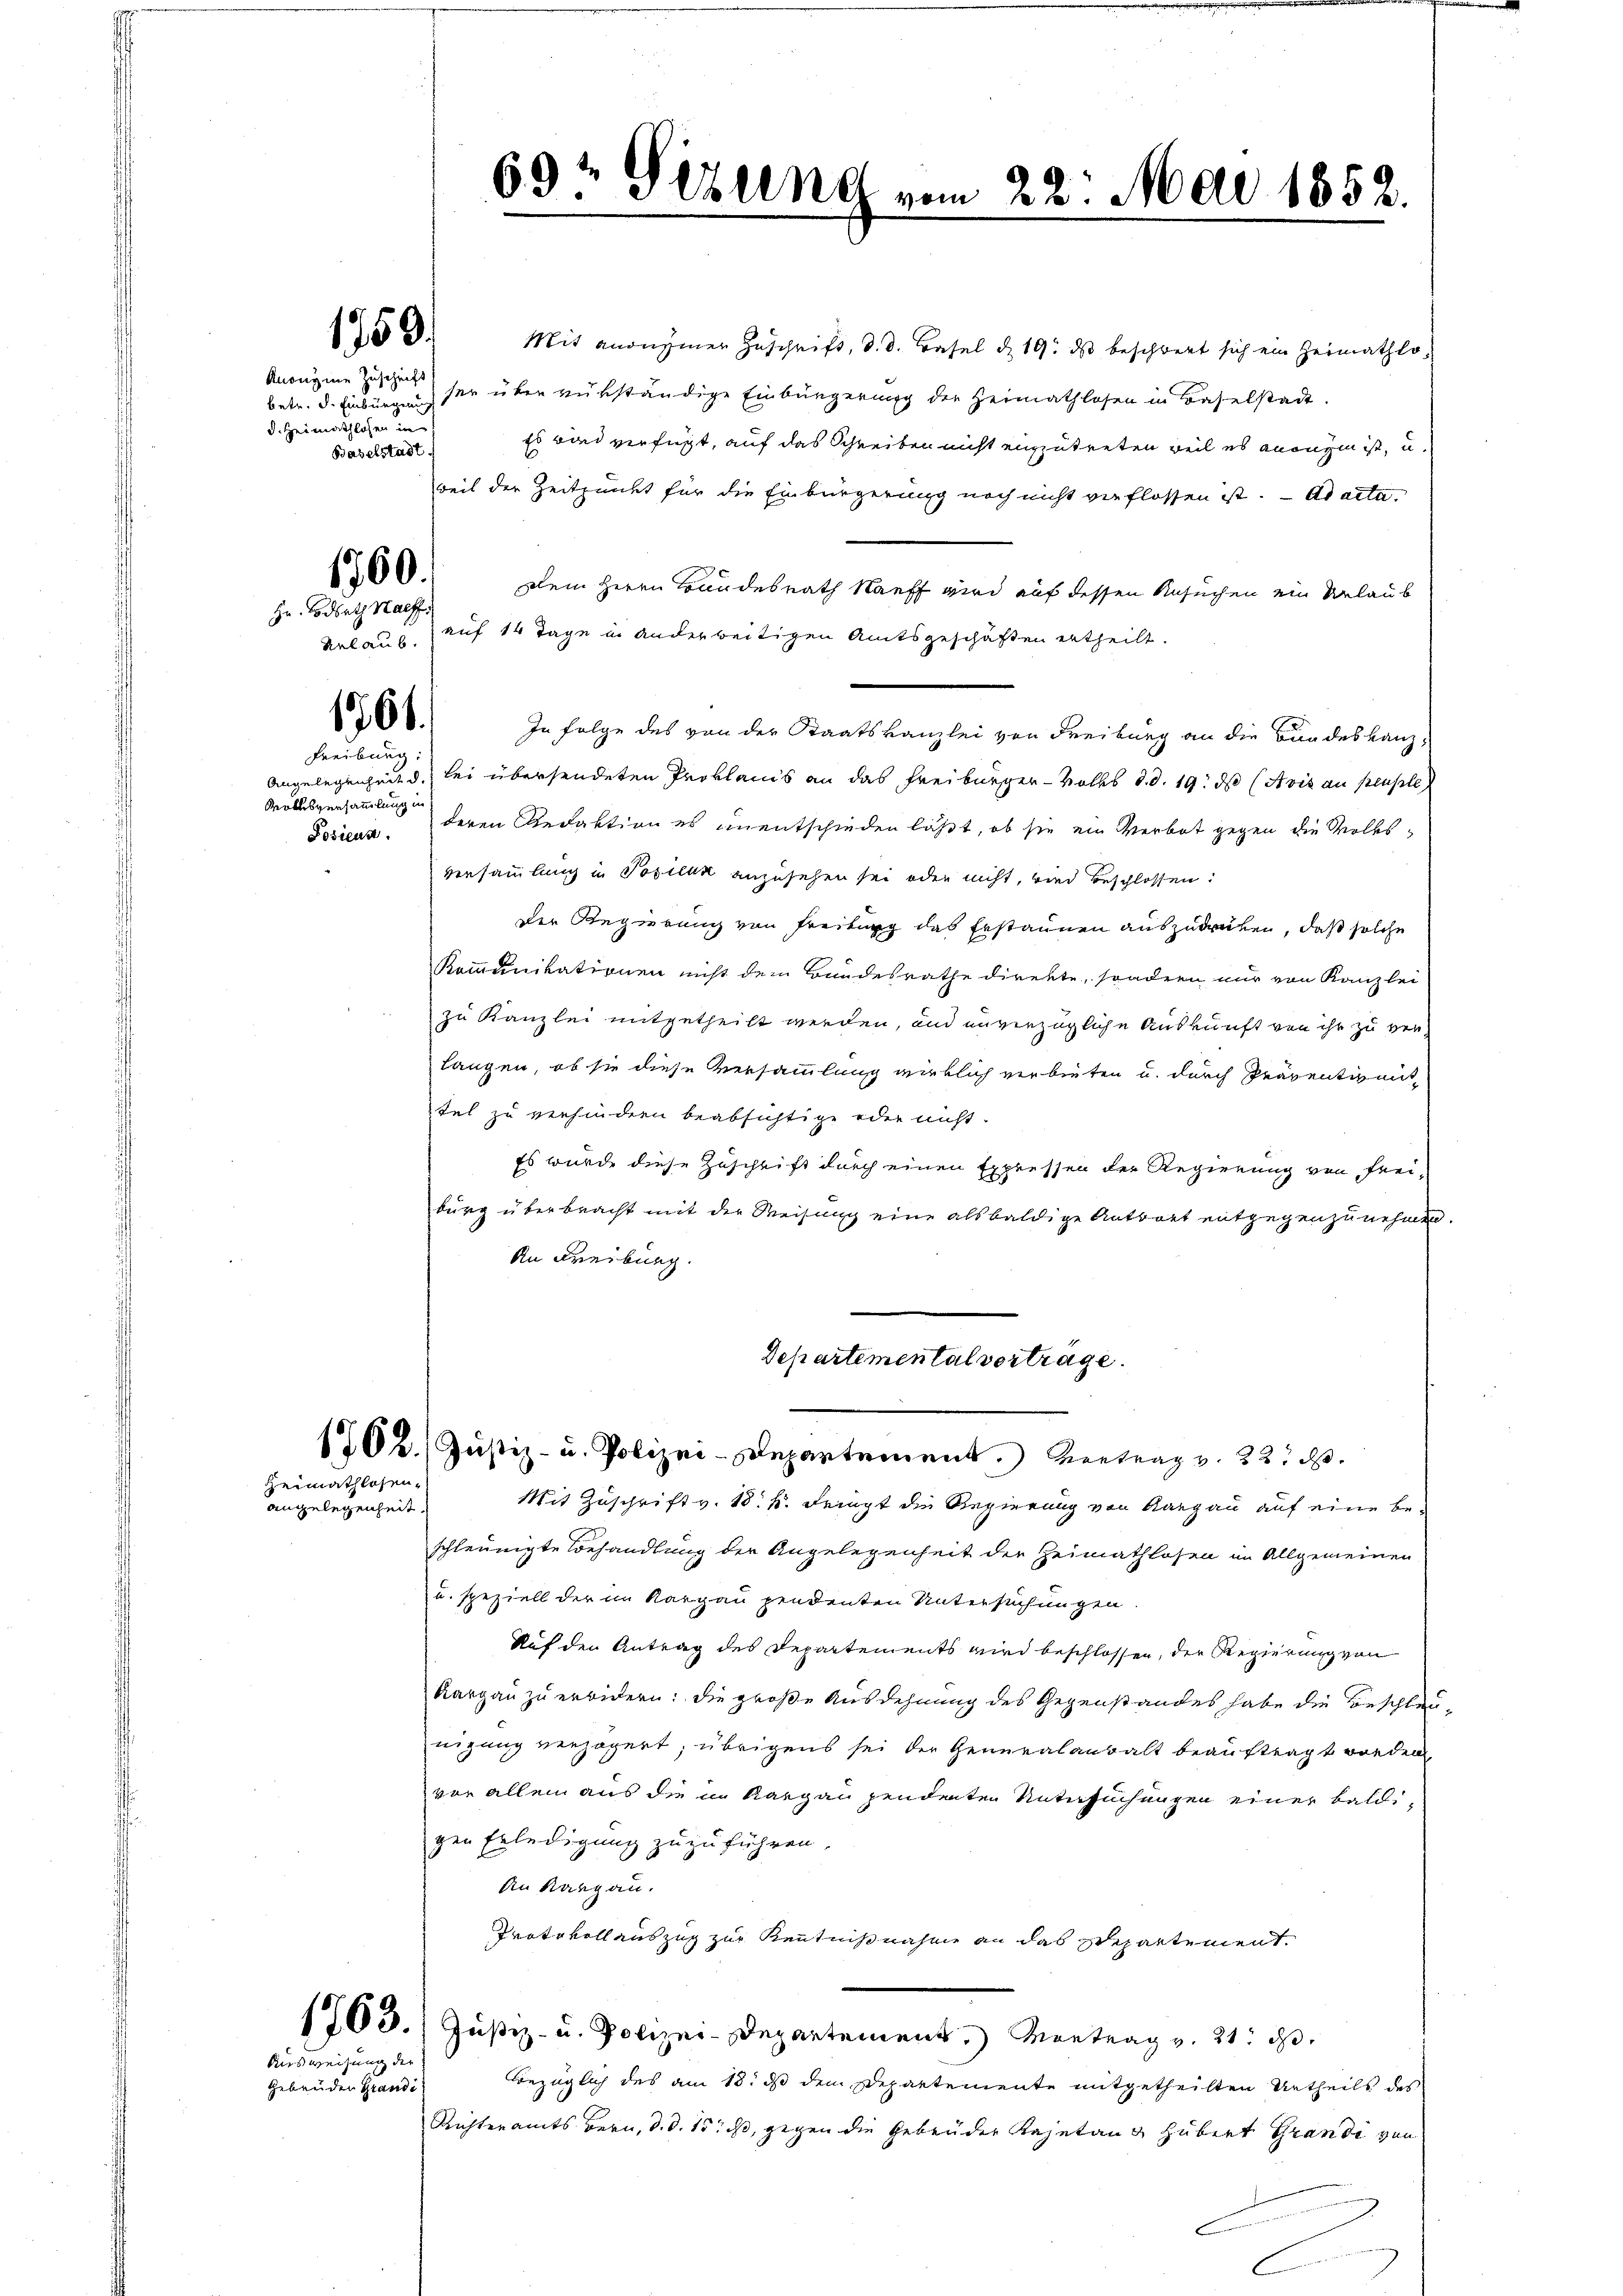
1759.

1761.
Freiburg.

1760.
Hr. Bodrath Halff.

Wollsversammlung in

Heimathlosen¬

angelegenheit.

Ausweisung der

gebenden Grandi

Anonyme Zuschrift
d. Heimathlosen in
Baselstadt.

Mit anonymer Zuschrift, d. d. Basel d. 19. ds beschwert sich ein Heimathlobetr. d. Einburgung sey über rükständige Einbürgerung der Heimathlosen in Baselstadt.
Es wird verfügt, auf das Schreiben nicht einzutreten weil es anonym ist, u.
weil der Zeitpunkt für die Einbürgerung noch nicht verflossen ist. - Ad acta.
Dein Herrn Bundesrath Kauff wird auf dessen Ansuchen ein Urlaub
Urlaub. auf 14 Tage in anderweitigen Amtsgeschäften ertheilt.
In Folge des von der Staatskanzlei von Freiburg an die Bundeskanz¬
Angelegenheit d. lei übersendeten Proklamis an das Freiburger-Volks d. d. 19. ds (Avis au peusle
Posicus deren Redaktion es unentschieden läßt, ob sie ein Verbot gegen die Volksversammlung in Posilik anzusehen sei oder nicht, wird beschlossen:
Der Regierung von Freitung das Erstaunen auszudrüken, daß solche
Rommunikationen nicht dem Bandesrathe direkte, sondren nur von Kanzlei
zu Kanzlei mitgetheilt werden, und unverzügliche Auskunft von ihr zu ver-
langen, ob sie diese Versammlung wirklich verbieten u. durch Präventivent
tel zu verhindern beabsichtige oder nicht.
Es wurde diese Zuschrift durch einen Expressen der Regierung von Frei-
burg überbracht mit der Weisung eine alsbaldige Antwort entgegenzunehmen.
An Freiburg.
Departemental vorträge.
1702. Jŭstiz- u. Polizei-Departement. Vertrag v. 22. d.
Mit Zuschrift v. 18. k. Fringt die Regierung von Aargau auf eine beschleunigte Behandlung der Angelegenheit der Heimathlosen im Allgemeinen
u. speziell der im Kargau pendenten Untersuchungen
Auf den Antrag des Departements wird beschlossen, der Regierung von
Kargau zu erwidern: die große Ausdehnung des Gegenstandes habe die Beschles-
nigung verzögert; übrigens sei der Generalanwalt beauftragt worden,
vor allem aus die in Kargau pendenten Untersuchungen einer baldigen Erledigung zuzuführen.
An Rang an.
Protokoll auszug zur Kenntnißnahme an das Departement.
1763. Justiz- u. Polizei-Departement. Montrag v. 21. ds.
Bezüglich des am 18. ds dem Departemente mitgetheilten Urtheils des
Richteramts Bern, d. d. 15. dß, gegen die Gebrüder Kajetanz Hubert Grande von

63t Serung vom 22. Mai 1852.